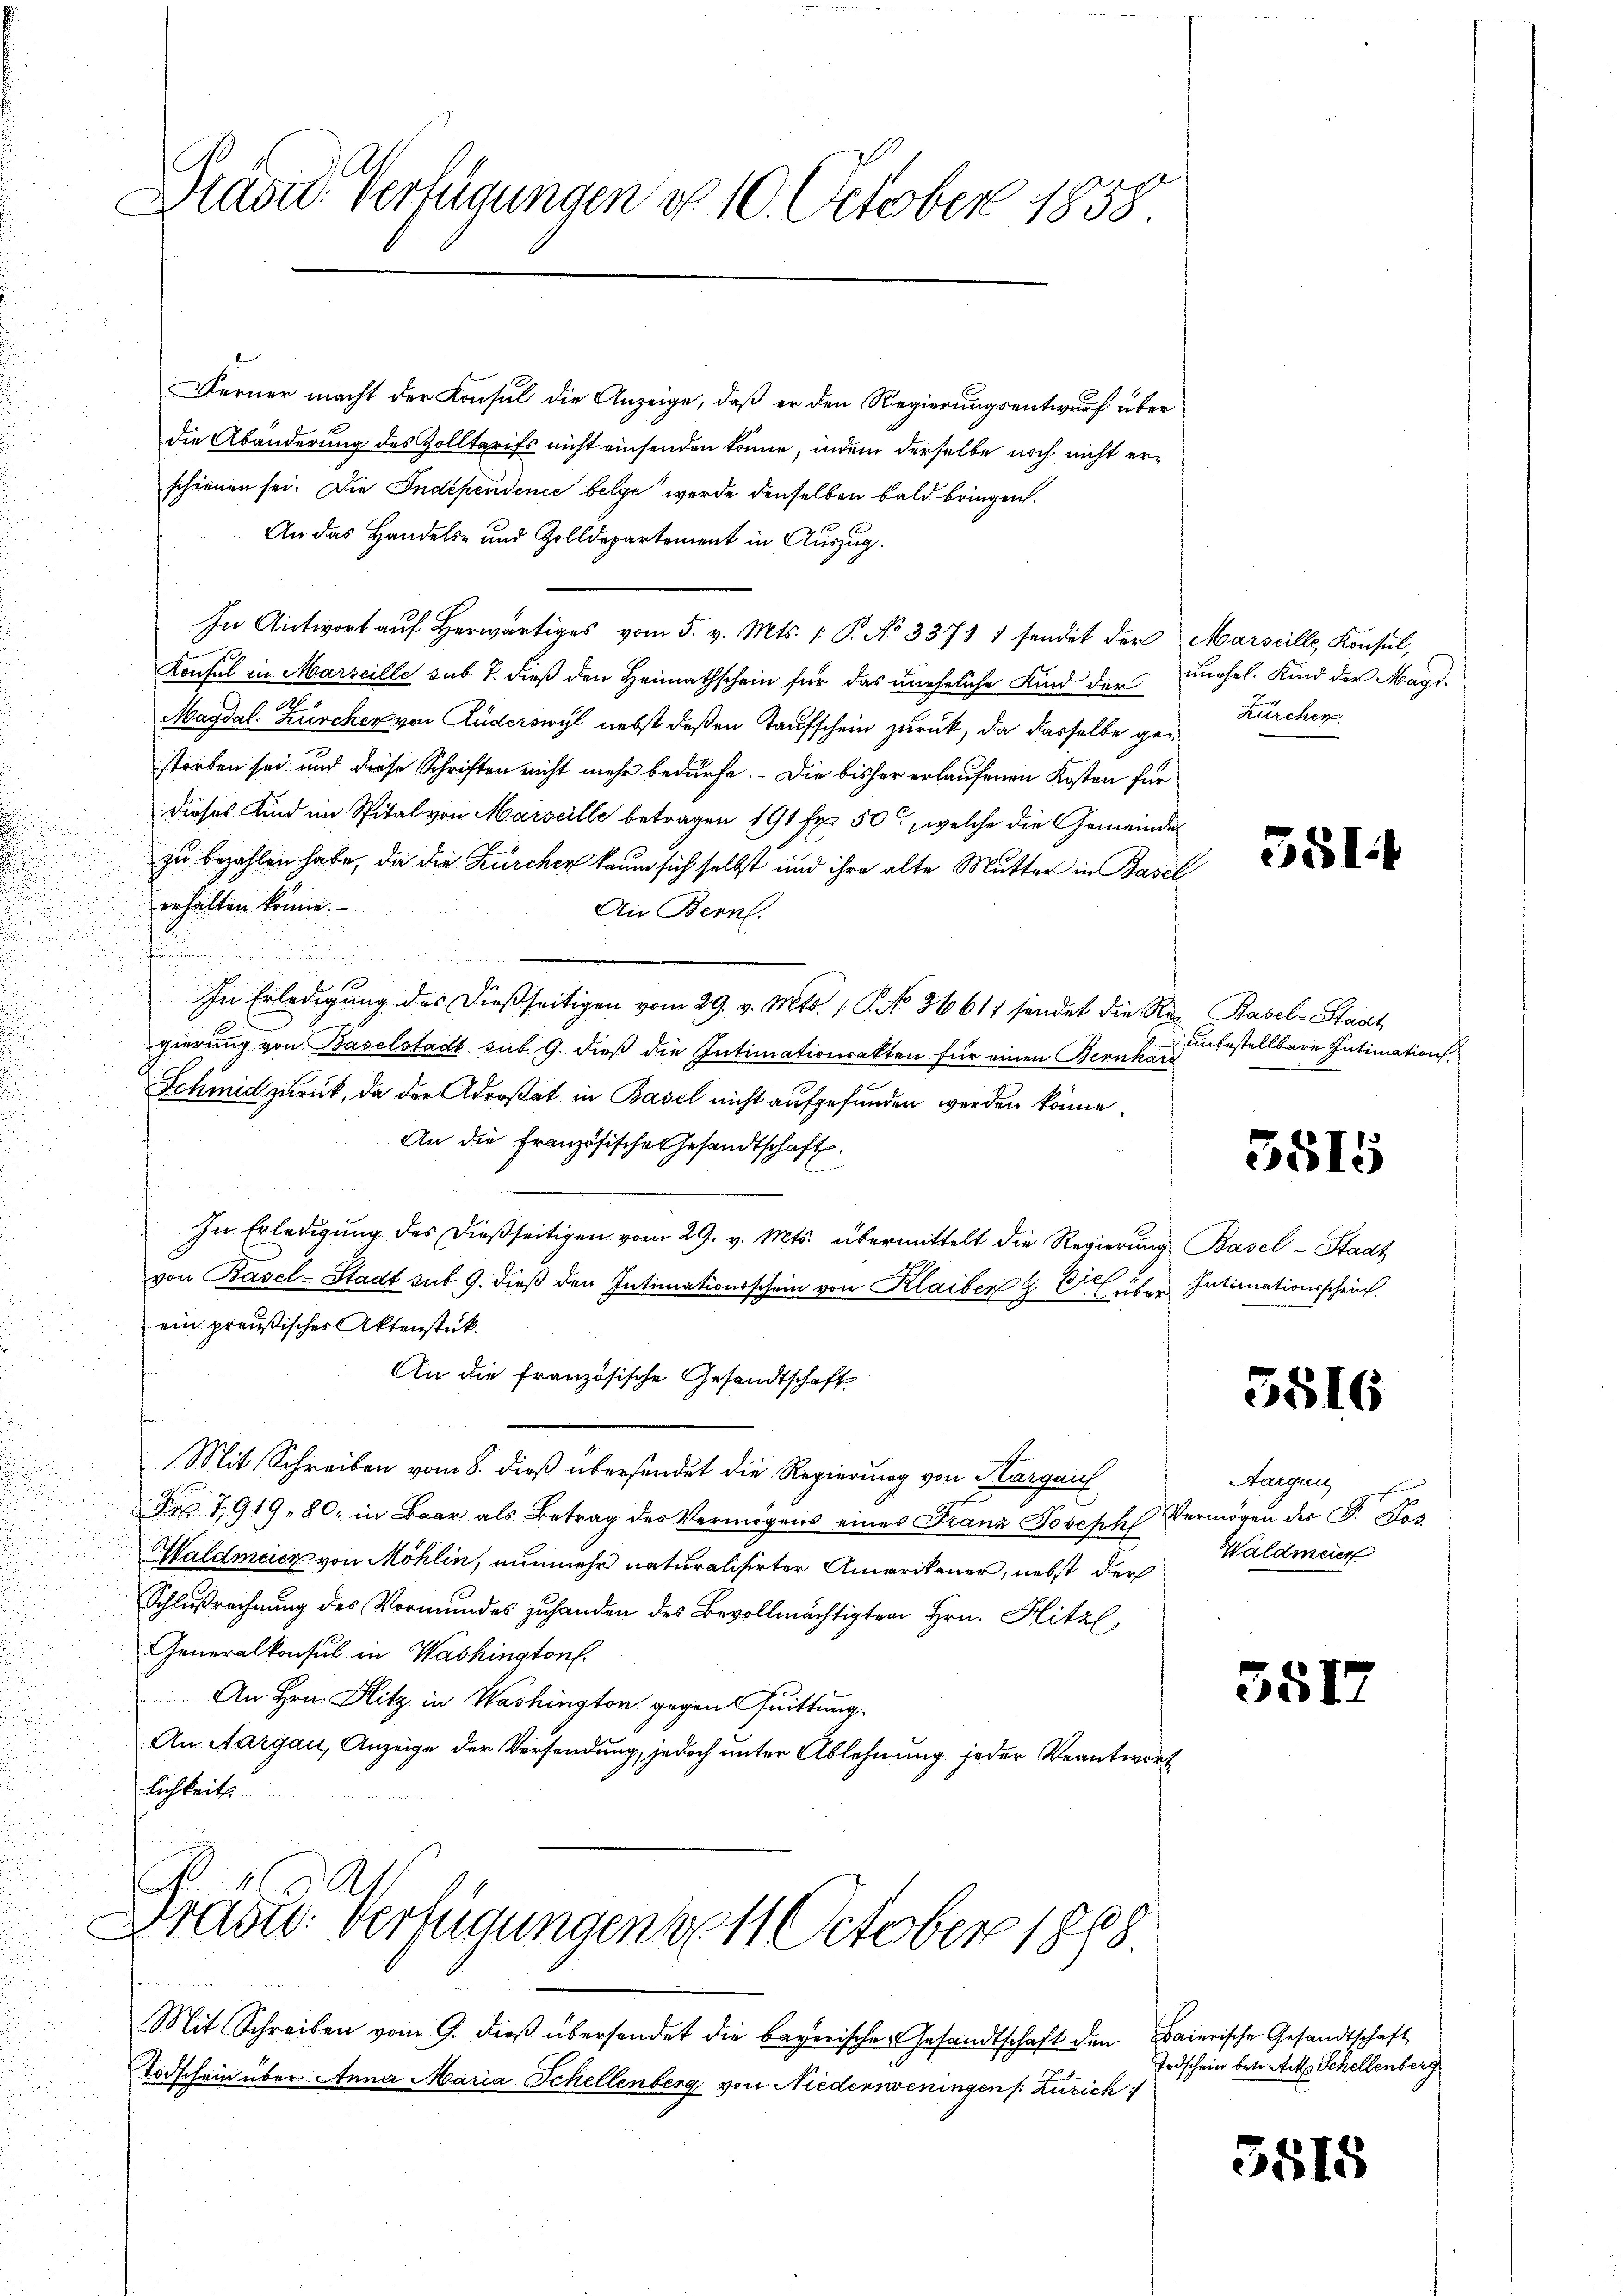
d
5
d

Pravić-Verfügungen d. 10. October 1858

Ferner macht der Konsul die Anzeige, daß er den Regierungsentwurf über
die Abänderung des Zolltarifs nicht einsenden könne, indem derselbe noch nicht erschienen sei. Die Indépendence belge werde denselben bald bringen.
An das Handels- und Zolldepartement in Auszug.
In Antwort auf Herwärtiges vom 5. v. Mts. /: P. No 3371 1 sendet der Marseille Konsul,
Konsul in Marseille sub 7. dieß den Heimathschein für das uneheliche Kind der unehel. Kind der Magd¬
Magdal-Zürcher von Ruderswyl nebst deßen Taufschein zurück, da dasselbe gestorben sei und diese Schriften nicht mehr bedürfe. Die bisher erlaufenen Kosten für
dieses Kind im Spital von Marseille betragen 191 fr. 50, welche die Gemeindes
zu bezahlen habe, da die Zürcher kaum sich selbst und ihre alte Mutter in Basel
erhalten könne.
An Bern.

10
In Erledigung des dießseitigen vom 29. v. Mts. 1. P. No 36617 sendet die Re-Basel-Stadt
gierung von Baselstadt sub 9. dieß die Intimationsakten für einen Bernhard
Schmid zurück, da der Adrestat in Basel nicht aufgefunden werden könne.
An die Französische Gesandtschaft
In Erledigŭng des dießseitigen vom 29. v. Mts. übermittelt die Regierŭng Basel-Stadt
ef
von Basel-Stadt sub 9. dieß den Intimationsschein von Klaiber G C. über Intimationsschein.
ein preußischer Aktenstück.
An die französische Gesandtschaft
Mit Schreiben vom 8. dieß übersendet die Regierung von Hargauf
Fr. 791980, in Baar als Betrag des Vermögens eines Franz Joseph Vermögen der F. Der
Waldmeier von Möhlin, nunmehr naturalisirter Amerikaner, nebst der
Schlußrechnung des Vormundes zuhanden des Bevollmächtigten Hrn. Hitze
Generalkonsul in Washington
An Hrn. Blitz in Washington gegen Quittung.
An Aargau, Anzeige der Versendung, jedoch unter Ablehnung jeder Beantwort
flichkeite

Prast. Verfügungen vo11 October 1888.

Todschein über Anna Maria Schellenberg von Niederseningen (: Zürich

Mit Schreiben vom 9. dieß übersendet die bayerische Gesandtschaft den Baierische Gesandtschaft

Zürcher

351

unbestellbare Intimation

5515

5816

Aargau
Waldmeier

3517

Todschein betreteten Schellenberg

5515